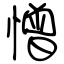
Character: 憎